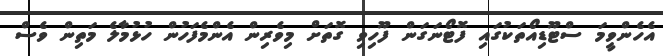
އެހެންވީމަ ސްޓޫޑިއޯތަކުގައި ފޮޓޯނަގަން ފޫހިވި ގޮތަށް މިވެރިން އެންމެފަހުން ހުޅުމާލެ މަތިން ވެސް